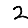
Digit: 2